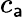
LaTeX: c_{\mathsf{a}}